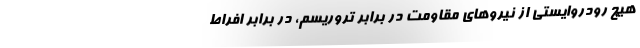
هیچ رودروایستی از نیروهای مقاومت در برابر تروریسم، در برابر افراط